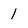
Character: 1